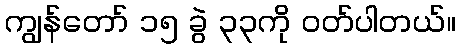
ကျွန်တော် ၁၅ ခွဲ ၃၃ကို ဝတ်ပါတယ်။